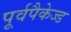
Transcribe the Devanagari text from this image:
पूर्वपैकेज्ड